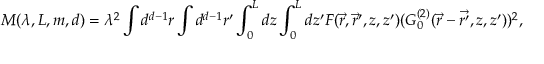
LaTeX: M ( \lambda , L , m , d ) = \lambda ^ { 2 } \int d ^ { d - 1 } r \int d ^ { d - 1 } r ^ { \prime } \int _ { 0 } ^ { L } d z \int _ { 0 } ^ { L } d z ^ { \prime } F ( \vec { r } , \vec { r } ^ { \prime } , z , z ^ { \prime } ) ( G _ { 0 } ^ { ( 2 ) } ( \vec { r } - \vec { { r } ^ { \prime } } , z , z ^ { \prime } ) ) ^ { 2 } ,